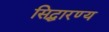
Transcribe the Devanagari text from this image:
सिद्धारण्य